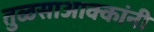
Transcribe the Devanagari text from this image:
तुळसाआक्कांनी